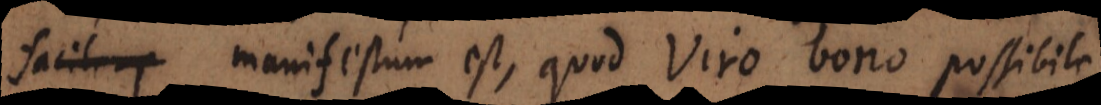
a, manifestum est, quod Viro bono possibile,